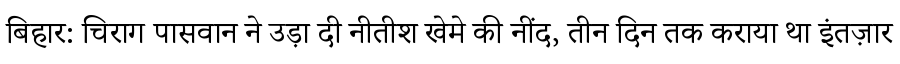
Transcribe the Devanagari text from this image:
बिहार: चिराग पासवान ने उड़ा दी नीतीश खेमे की नींद, तीन दिन तक कराया था इंतज़ार